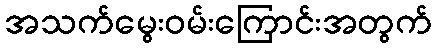
အသက်မွေးဝမ်းကြောင်းအတွက်